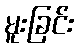
မူးခြင်း